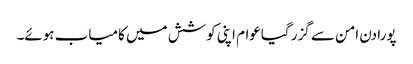
پورا دن امن سے گزر گیاعوام اپنی کوشش میں کامیاب ہوئے۔